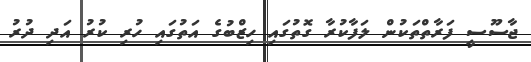
ޖާސޫސީ ފަރާތްތަކުން ލަފާކުރާ ގޮތުގައި ހިޒްބުގެ އަތުގައި ހުރި ކުރު އަދި ދުރު